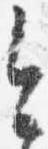
今